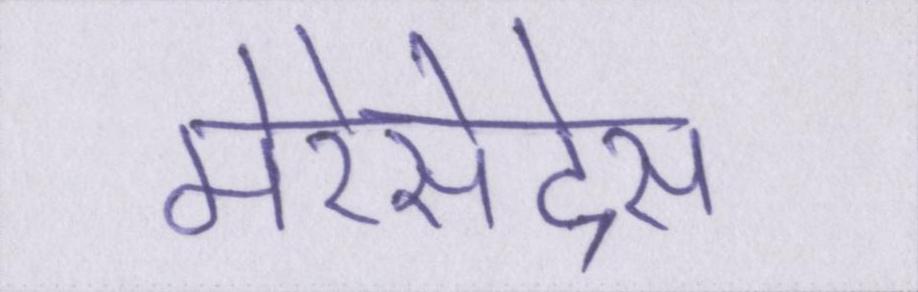
मेरेसेदेस